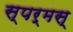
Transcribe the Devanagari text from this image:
स्पर्मस्‌